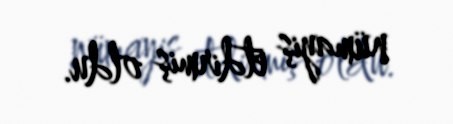
nümayiş etdirmiş oldu.